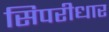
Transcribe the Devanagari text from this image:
सिपरीधार